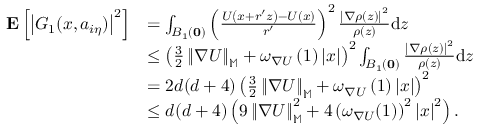
\begin{array} { r l } { \mathbf { E } \left[ \left| G _ { 1 } ( x , a _ { i \eta } ) \right| ^ { 2 } \right] } & { = \int _ { B _ { 1 } ( \mathbf { 0 } ) } \left( \frac { U \left( x + r ^ { \prime } z \right) - U \left( x \right) } { r ^ { \prime } } \right) ^ { 2 } \frac { \left| \nabla \rho \left( z \right) \right| ^ { 2 } } { \rho \left( z \right) } \mathrm { d } z } \\ & { \le \left( \frac { 3 } { 2 } \left\| \nabla U \right\| _ { \mathbb { M } } + \omega _ { \nabla U } \left( 1 \right) \left| x \right| \right) ^ { 2 } \int _ { B _ { 1 } ( \mathbf { 0 } ) } \frac { \left| \nabla \rho \left( z \right) \right| ^ { 2 } } { \rho \left( z \right) } \mathrm { d } z } \\ & { = 2 d ( d + 4 ) \left( \frac { 3 } { 2 } \left\| \nabla U \right\| _ { \mathbb { M } } + \omega _ { \nabla U } \left( 1 \right) \left| x \right| \right) ^ { 2 } } \\ & { \le d ( d + 4 ) \left( 9 \left\| \nabla U \right\| _ { \mathbb { M } } ^ { 2 } + 4 \left( \omega _ { \nabla U } ( 1 ) \right) ^ { 2 } \left| x \right| ^ { 2 } \right) . } \end{array}